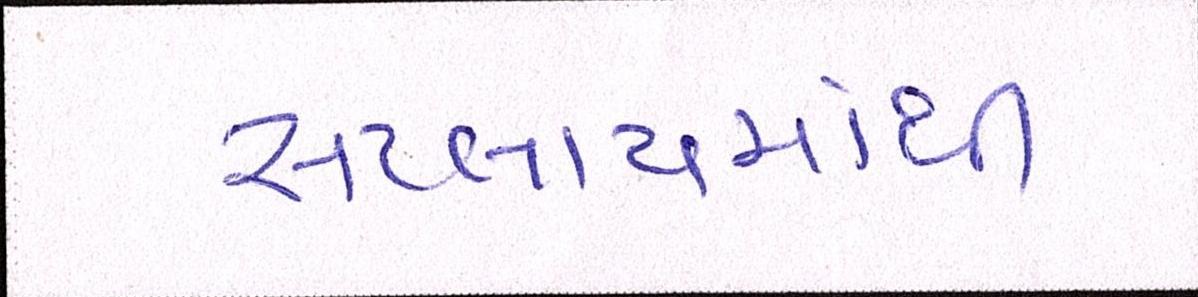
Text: સપ્લાયમાંથી